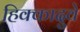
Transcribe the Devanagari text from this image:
हिक्कादुवे